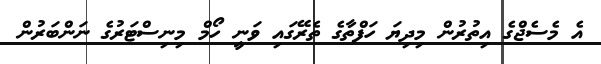
އެ މެސެޖްގެ އިތުރުން މިދިޔަ ހަފްތާގެ ތެރޭގައި ވަނީ ހޯމް މިނިސްޓަރުގެ ނަންބަރުން